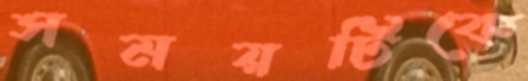
সময়টিকে